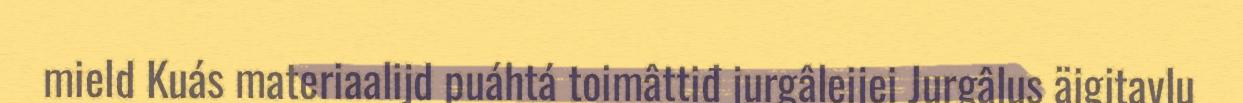
mield Kuás materiaalijd puáhtá toimâttiđ jurgâleijei Jurgâlus äigitavlu